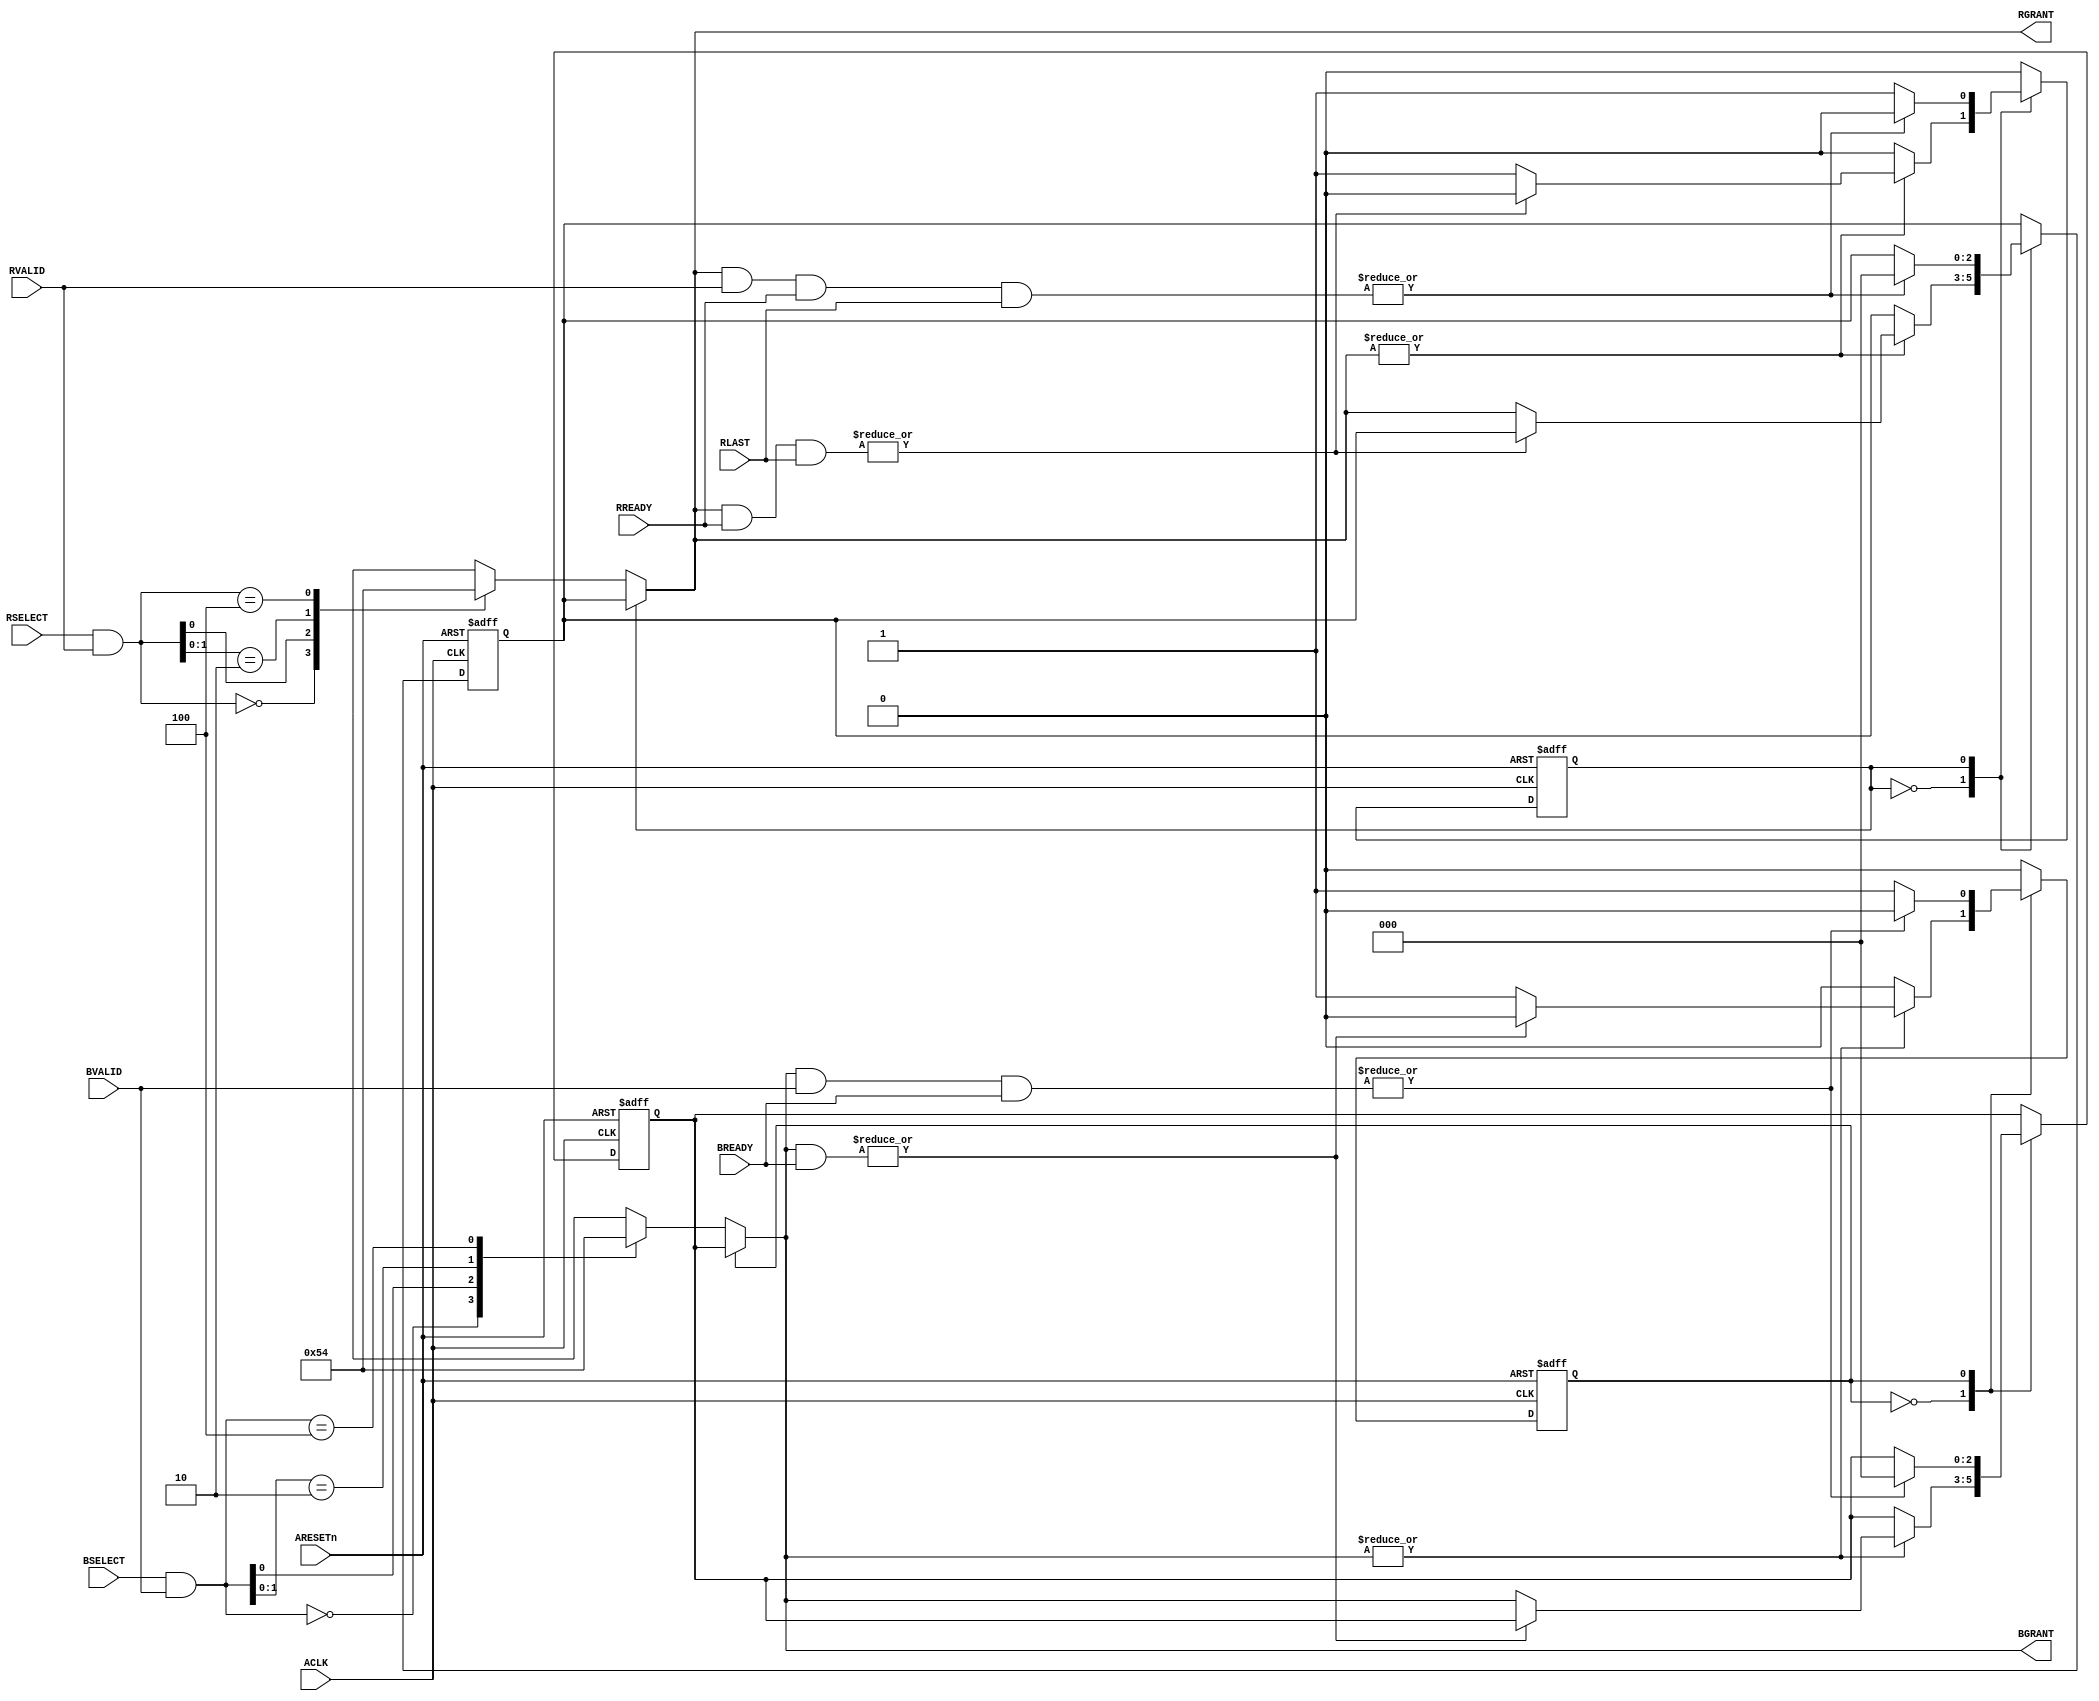
//----------------------------------------------------------------
//  Copyright (c) 2011 by Ando Ki.
//  All right reserved.
//  http://www.dynalith.com
//  All rights are reserved by Ando Ki.
//  Do not use in any means or/and methods without Ando Ki's permission.
//----------------------------------------------------------------
// axi_arbiter_stom_s2.v
//----------------------------------------------------------------
// VERSION: 2011.01.03.
//----------------------------------------------------------------
//   0: highest priority
// NUM: default slave
//----------------------------------------------------------------
`timescale 1ns/1ns

//----------------------------------------------------------------
module axi_arbiter_stom_s2
   // synopsys translate_off
   `protect
   // synopsys translate_on
     #(parameter NUM = 2)
(
       input  wire           ARESETn
     , input  wire           ACLK
     //-----------------------------------------------------------
     , input  wire  [NUM:0]  BSELECT  // selected by comparing trans_id
     , input  wire  [NUM:0]  BVALID
     , input  wire  [NUM:0]  BREADY
     , output wire  [NUM:0]  BGRANT
     //-----------------------------------------------------------
     , input  wire  [NUM:0]  RSELECT  // selected by comparing trans_id
     , input  wire  [NUM:0]  RVALID
     , input  wire  [NUM:0]  RREADY
     , input  wire  [NUM:0]  RLAST
     , output wire  [NUM:0]  RGRANT
);
     //-----------------------------------------------------------
     // read-data arbiter
     //-----------------------------------------------------------
     reg [NUM:0] rgrant_reg;
     //-----------------------------------------------------------
     reg stateR;
     localparam STR_RUN    = 'h0,
                STR_WAIT   = 'h1;
     always @ (posedge ACLK or negedge ARESETn) begin
           if (ARESETn==1'b0) begin
               rgrant_reg  <= 'h0;
               stateR      <= STR_RUN;
           end else begin
               case (stateR)
               STR_RUN: begin
                    if (|RGRANT) begin
                       if (~|(RGRANT&RREADY&RLAST)) begin
                           rgrant_reg <= RGRANT;
                           stateR     <= STR_WAIT;
                       end
                    end
                    end // STR_RUN
               STR_WAIT: begin
                    if (|(RGRANT&RVALID&RREADY&RLAST)) begin
                        rgrant_reg <= 'h0;
                        stateR     <= STR_RUN;
                    end
                    end // STR_WAIT
               endcase
           end
     end
     //-----------------------------------------------------------
     assign RGRANT = (stateR==STR_RUN) ? priority_sel(RSELECT&RVALID)
                                       : rgrant_reg;
     //-----------------------------------------------------------
     // write-response arbiter
     //-----------------------------------------------------------
     reg [NUM:0] bgrant_reg;
     //-----------------------------------------------------------
     reg stateB;
     localparam STB_RUN    = 'h0,
                STB_WAIT   = 'h1;
     always @ (posedge ACLK or negedge ARESETn) begin
           if (ARESETn==1'b0) begin
               bgrant_reg  <= 'h0;
               stateB      <= STB_RUN;
           end else begin
               case (stateB)
               STB_RUN: begin
                    if (|BGRANT) begin
                       if (~|(BGRANT&BREADY)) begin
                           bgrant_reg <= BGRANT;
                           stateB     <= STB_WAIT;
                       end
                    end
                    end // STB_RUN
               STB_WAIT: begin
                    if (|(BGRANT&BVALID&BREADY)) begin
                        bgrant_reg <= 'h0;
                        stateB     <= STB_RUN;
                    end
                    end // STB_WAIT
               endcase
           end
     end
     //-----------------------------------------------------------
     assign BGRANT = (stateB==STB_RUN) ? priority_sel(BSELECT&BVALID)
                                       : bgrant_reg;
     //-----------------------------------------------------------
     function [NUM:0] priority_sel;
        input [NUM:0] request;
     begin
          casex (request)
          3'b000: priority_sel = 3'b000;
          3'bxx1: priority_sel = 3'b001;
          3'bx10: priority_sel = 3'b010;
          3'b100: priority_sel = 3'b100;
          endcase
     end
     endfunction
     //-----------------------------------------------------------
   // synopsys translate_off
   `endprotect
   // synopsys translate_on
endmodule
//----------------------------------------------------------------
// Revision History
//
// 2011.01.03: Started by Ando Ki (adki@dynalith.com)
//----------------------------------------------------------------